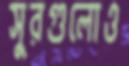
সুরগুলোও